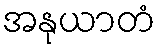
အနုယာတံ